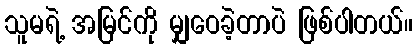
သူမရဲ့ အမြင်ကို မျှဝေခဲ့တာပဲ ဖြစ်ပါတယ်။